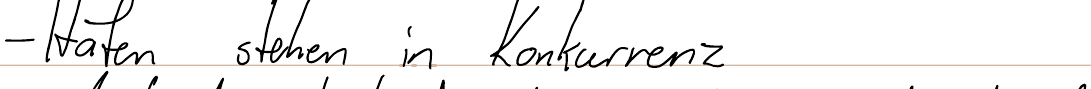
- Hafen stehen in Konkurrenz